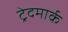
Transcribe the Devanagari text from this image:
ट्रेदमार्क